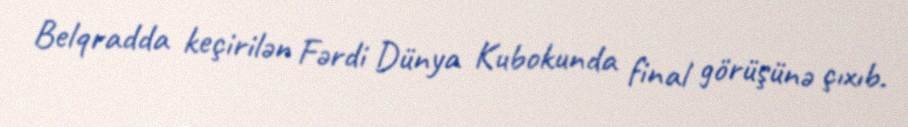
Belqradda keçirilən Fərdi Dünya Kubokunda final görüşünə çıxıb.